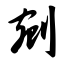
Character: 剜